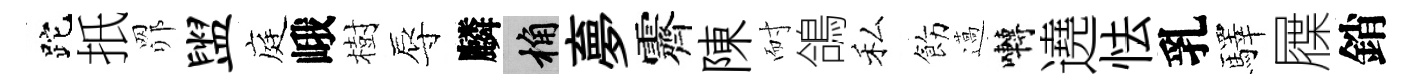
跎扺𦊑盥庭峨樹辱麟桷夣霽陳耐鴿私飭薖囀遶怯乳驛屧銷